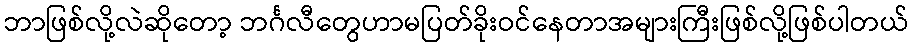
ဘာဖြစ်လို့လဲဆိုတော့ ဘင်္ဂလီတွေဟာမပြတ်ခိုးဝင်နေတာအများကြီးဖြစ်လို့ဖြစ်ပါတယ်